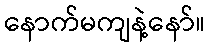
နောက်မကျနဲ့နော်။